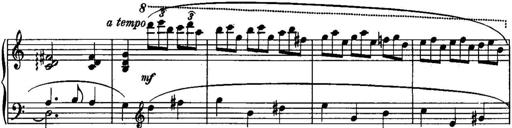
Title: Piano Sonatina No.1, Op.146
Composer: Stephen Heller